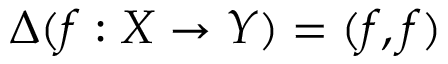
\Delta ( f : X \to Y ) = ( f , f )